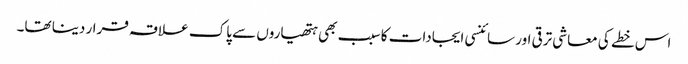
اس خطے کی معاشی ترقی اور سائنسی ایجادات کا سبب بھی ہتھیاروں سے پاک علاقہ قرار دینا تھا۔